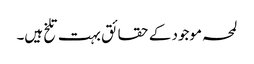
لمحہ موجود کے حقائق بہت تلخ ہیں۔